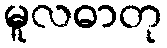
မူလဓာတု